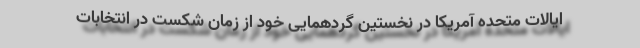
ایالات متحده آمریکا در نخستین گردهمایی خود از زمان شکست در انتخابات